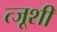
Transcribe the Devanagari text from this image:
त्जूशी